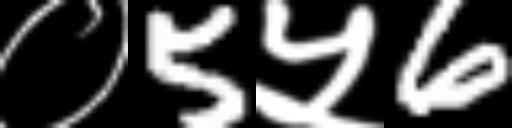
Text: ०5५6